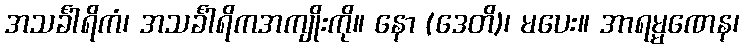
အသင်္ခါရိကံ၊ အသင်္ခါရိကအကျိုးကို။ နော (ဒေတိ)၊ မပေး။ အာရမ္မဏေန၊